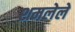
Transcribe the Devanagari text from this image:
शमलेले